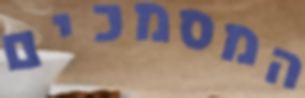
המסמכים